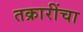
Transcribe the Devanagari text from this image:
तक्रारींचा